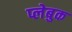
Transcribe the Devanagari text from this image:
प्लेबुक